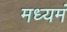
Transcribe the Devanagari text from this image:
मध्यमं